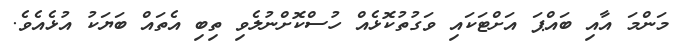
މަންމަ އާއި ބައްޕަ އަށްޓަކައި ވަގުތުކޮޅެއް ހުސްކޮށްނުލެވި ތިބި އެތައް ބަޔަކު އުޅެއެވެ.